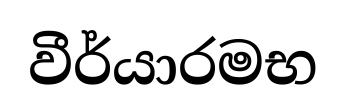
වීර්යාරමභ